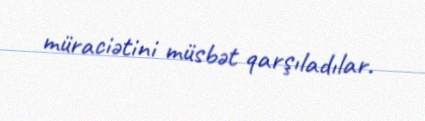
müraciətini müsbət qarşıladılar.